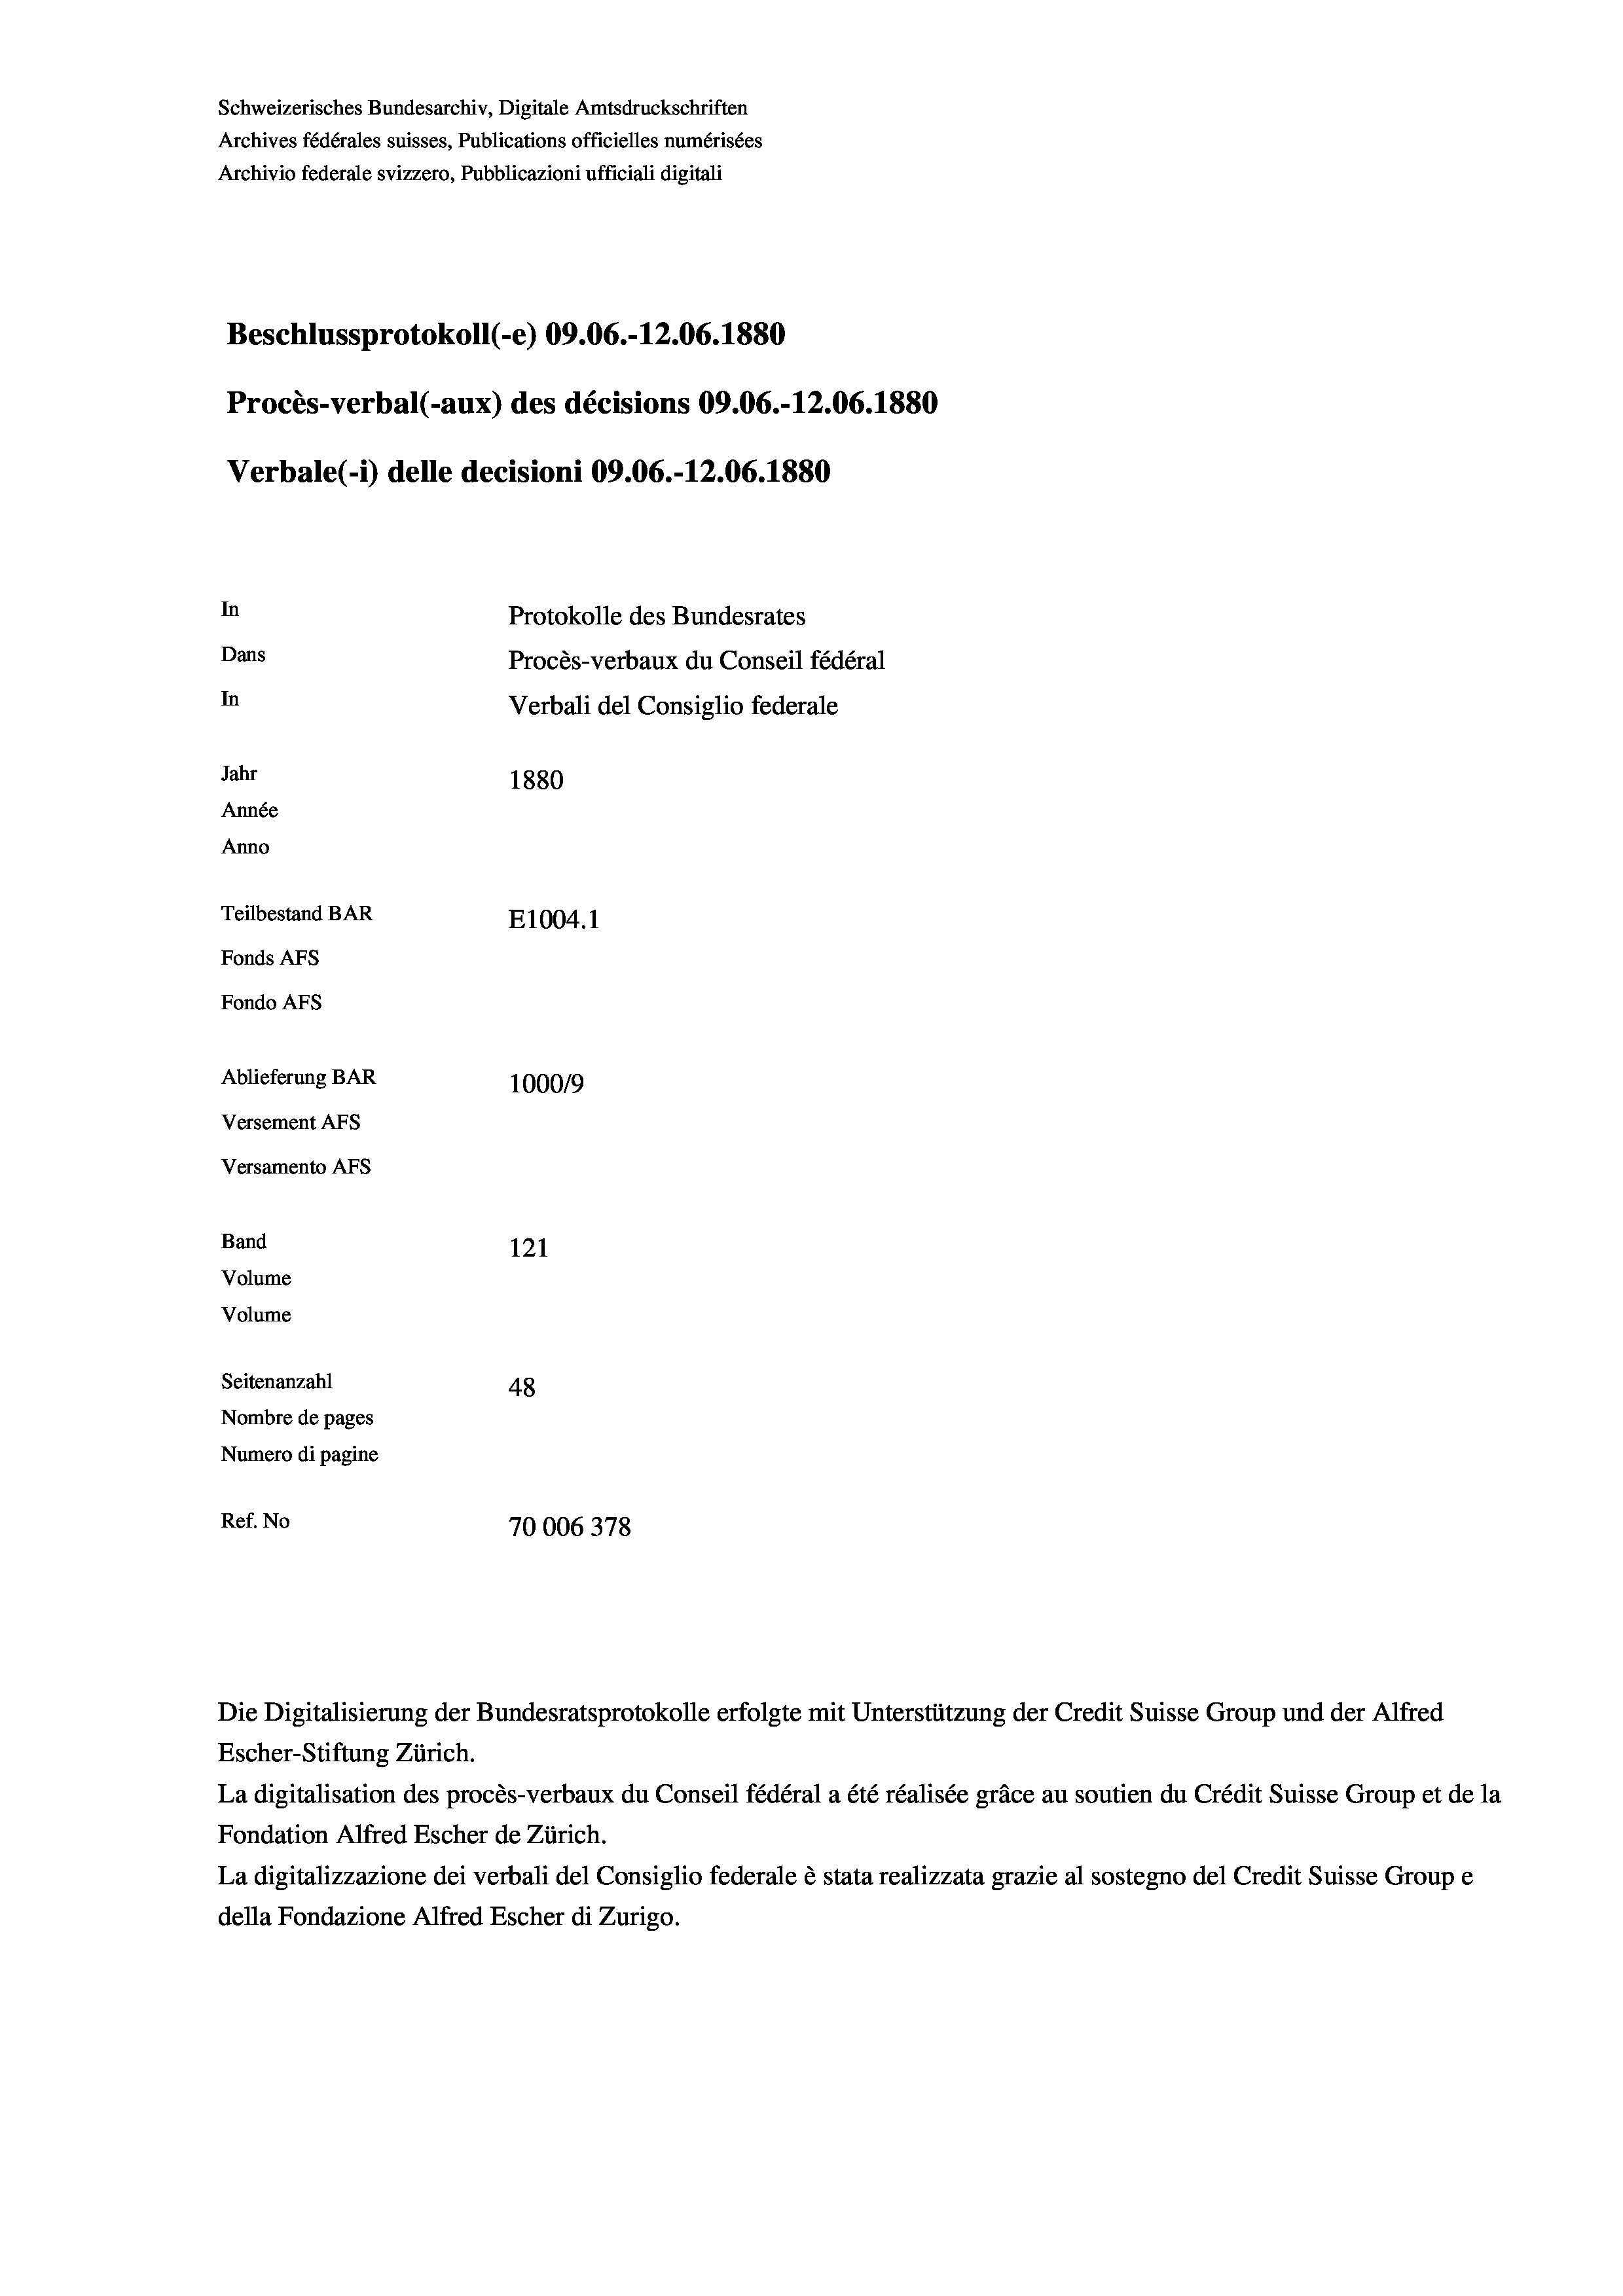
Schweizerisches Bundesarchiv, Digitale Amtsdruckschriften
Archives fédérales suisses, Publications officielles numérisées
Archivio federale svizzero, Pubblicazioni ufficiali digitali
Beschlussprotokoll (-e) 09.06.-12.06. 1880
Procès-verbal (-aux) des décisions 09.06.-12.06. 1880
Verbale (i) delle decisioni 09.06.-12.06. 1880
In
Protokolle des Bundesrates
Dans
Procès-verbaux du Conseil fédéral
In
Verbali del Consiglio federale
Jahr
1880
Année
Anno
Teilbestand BAR
E1004. 1
Fonds AFs
Fondo AFS
Ablieferung BAR
100019
Versement AFs
Versamento Afs
Band
121
Volume
Volume
Seitenanzahl
48
Nombre de pages
Numero di pagine
Ref. No
70006378

Escher-Stiftung Zürich.
La digitalisation des procès-verbaux du Conseil fédéral a été réalisée gräce au soutien du Crédit Suisse Group et de la
Fondation Alfred Escher de Zürich.
La digitalizzazione dei verbali del Consiglio federale è stata realizzata grazie al sostegno del Credit Suisse Groupe
della Fondazione Alfred Escher di Zurigo.

Die Digitalisierung der Bundesratsprotokolle erfolgte mit Unterstützung der Credit Suisse Group und der Alfred